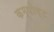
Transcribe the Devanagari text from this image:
कम्पोष्ट